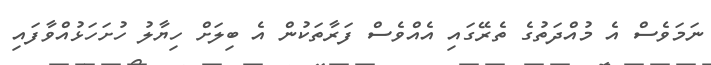
ނަމަވެސް އެ މުއްދަތުގެ ތެރޭގައި އެއްވެސް ފަރާތަކުން އެ ބިލަށް ހިޔާލު ހުށަހަޅުއްވާފައި